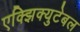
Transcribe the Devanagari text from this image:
एक्झिक्युटेबल